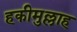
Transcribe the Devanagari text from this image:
हकीमुल्लाह